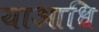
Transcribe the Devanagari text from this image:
याआधि